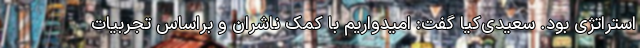
استراتژی بود. سعیدی‌کیا گفت: امیدواریم با کمک ناشران و براساس تجربیات